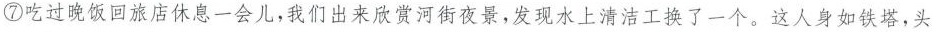
⑦吃过晚饭回旅店休息一会儿，我们出来欣赏河街夜景，发现水上清洁工换了一个。这人身如铁塔，头